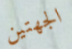
الجهتين